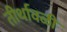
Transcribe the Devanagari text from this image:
तीर्थावळी